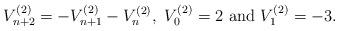
LaTeX: \begin{align*}V_{n+2}^{(2)}=-V_{n+1}^{(2)}-V_{n}^{(2)},\ V_{0}^{(2)}=2\ \textrm{and}\ V_{1}^{(2)}=-3.\end{align*}